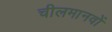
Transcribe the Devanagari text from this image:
चीलमानवों